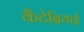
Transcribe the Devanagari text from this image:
कैंटेब्रियाई